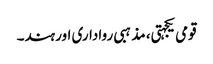
قومی یکجہتی، مذہبی رواداری اور ہند۔